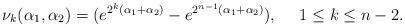
LaTeX: \begin{align*}\nu_k(\alpha_1,\alpha_2)=(e^{2^k(\alpha_1+\alpha_2)}-e^{2^{n-1}(\alpha_1+\alpha_2)}),\ \ \ \ 1\leq k\leq n-2.\end{align*}